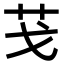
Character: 𦬗